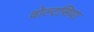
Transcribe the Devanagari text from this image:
वोल्टसिया